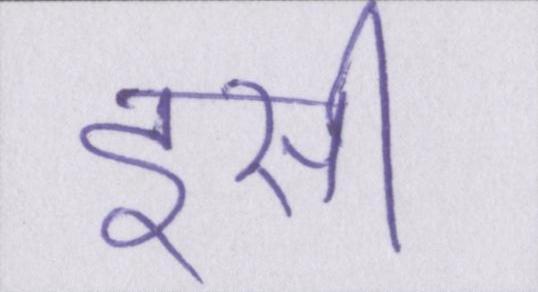
इसी